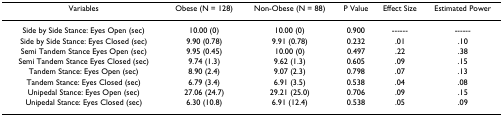
<table><thead><tr><td><b>Variables</b></td><td><b>Obese (N = 128)</b></td><td><b>Non-Obese (N = 88)</b></td><td><b>P Value</b></td><td><b>Effect Size</b></td><td><b>Estimated Power</b></td></tr></thead><tbody><tr><td>Side by Side Stance: Eyes Open (sec)</td><td>10.00 (0)</td><td>10.00 (0)</td><td>0.900</td><td>------</td><td>------</td></tr><tr><td>Side by Side Stance: Eyes Closed (sec)</td><td>9.90 (0.78)</td><td>9.91 (0.78)</td><td>0.232</td><td>.01</td><td>.10</td></tr><tr><td>Semi Tandem Stance Eyes Open (sec)</td><td>9.95 (0.45)</td><td>10.00 (0)</td><td>0.497</td><td>.22</td><td>.38</td></tr><tr><td>Semi Tandem Stance Eyes Closed (sec)</td><td>9.74 (1.3)</td><td>9.62 (1.3)</td><td>0.605</td><td>.09</td><td>.15</td></tr><tr><td>Tandem Stance: Eyes Open (sec)</td><td>8.90 (2.4)</td><td>9.07 (2.3)</td><td>0.798</td><td>.07</td><td>.13</td></tr><tr><td>Tandem Stance: Eyes Closed (sec)</td><td>6.79 (3.4)</td><td>6.91 (3.5)</td><td>0.538</td><td>.04</td><td>.08</td></tr><tr><td>Unipedal Stance: Eyes Open (sec)</td><td>27.06 (24.7)</td><td>29.21 (25.0)</td><td>0.706</td><td>.09</td><td>.15</td></tr><tr><td>Unipedal Stance: Eyes Closed (sec)</td><td>6.30 (10.8)</td><td>6.91 (12.4)</td><td>0.538</td><td>.05</td><td>.09</td></tr></tbody></table>